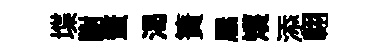
堞謝蝥渴簀屧矱添翺